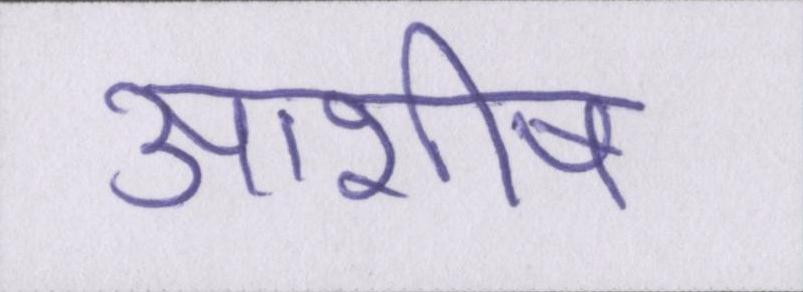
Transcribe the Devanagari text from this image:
आशीष